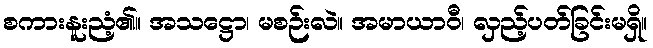
စကားနူးညံ့၏။ အသဋ္ဌော၊ မစဉ်းလဲ။ အမာယာဝီ၊ လှည့်ပတ်ခြင်းမရှိ။